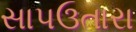
સાપઉતારા